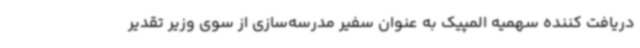
دریافت کننده سهمیه المپیک به عنوان سفیر مدرسه‌سازی از سوی وزیر تقدیر